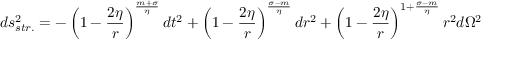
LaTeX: d s _ { s t r . } ^ { 2 } = - \left( 1 - \frac { 2 \eta } { r } \right) ^ { \frac { m + \sigma } { \eta } } d t ^ { 2 } + \left( 1 - \frac { 2 \eta } { r } \right) ^ { \frac { \sigma - m } { \eta } } d r ^ { 2 } + \left( 1 - \frac { 2 \eta } { r } \right) ^ { 1 + \frac { \sigma - m } { \eta } } r ^ { 2 } d \Omega ^ { 2 }